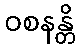
ဝစနန္တိ